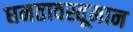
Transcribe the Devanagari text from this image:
घनतावस्तूमान